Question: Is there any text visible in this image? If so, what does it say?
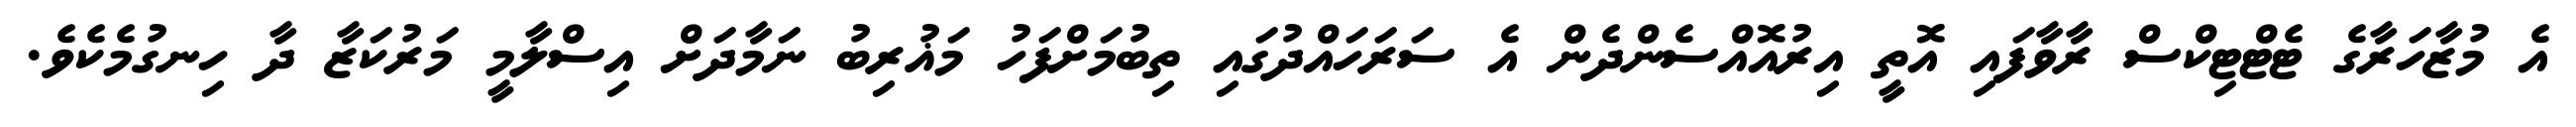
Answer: އެ މުޒާހަރާގެ ޓެޓްޓިކްސް ރާވާފައި އޮތީ އިރުއޮއްސެންދެން އެ ސަރަހައްދުގައި ތިބުމަށްފަހު މަޣުރިބު ނަމާދަށް އިސްލާމީ މަރުކަޒާ ދާ ހިނގުމެކެވެ.